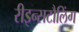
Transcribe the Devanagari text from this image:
रीइन्सटौलिंग